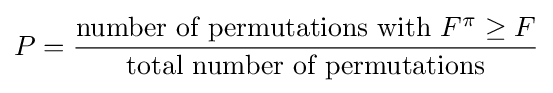
P={\frac {{\text{number of permutations with }}F^{\pi }\geq F}{\text{total number of permutations}}}